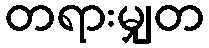
တရားမျှတ